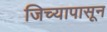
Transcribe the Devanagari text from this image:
जिच्यापासून